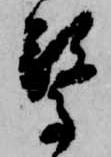
驚